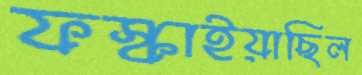
ফস্‌কাইয়াছিল